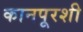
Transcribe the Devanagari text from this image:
कानपूरशी